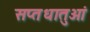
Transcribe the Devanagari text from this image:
सप्तधातुओं